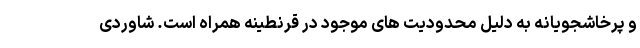
و پرخاشجویانه به دلیل محدودیت های موجود در قرنطینه همراه است. شاوردی